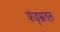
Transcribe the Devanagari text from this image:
फंड्म्नतल